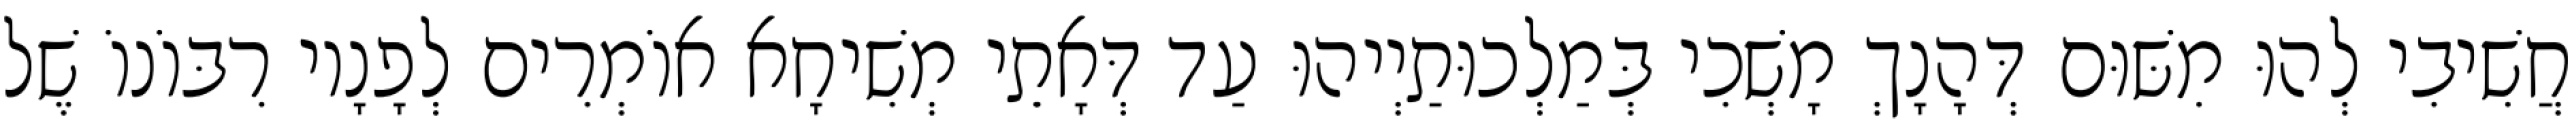
חֲשִׁיבִי לְהוּ מִשּׁוּם דְּהָנָךְ מָשְׁכִי בְּמַלְכוּתַיְיהוּ עַד דְּאָתֵי מְשִׁיחָא אוֹמְרִים לְפָנָיו רִבּוֹנוֹ שֶׁל